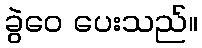
ခွဲဝေ ပေးသည်။